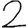
Digit: 2